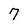
Character: 7